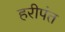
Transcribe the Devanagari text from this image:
हरीपंत